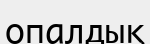
опалдық